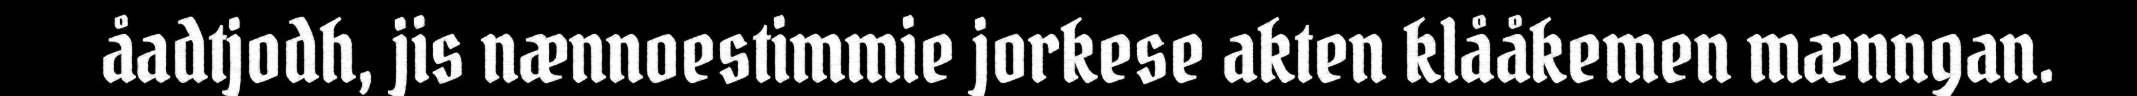
åadtjodh, jis nænnoestimmie jorkese akten klååkemen mænngan.